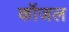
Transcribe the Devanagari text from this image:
कॉजल